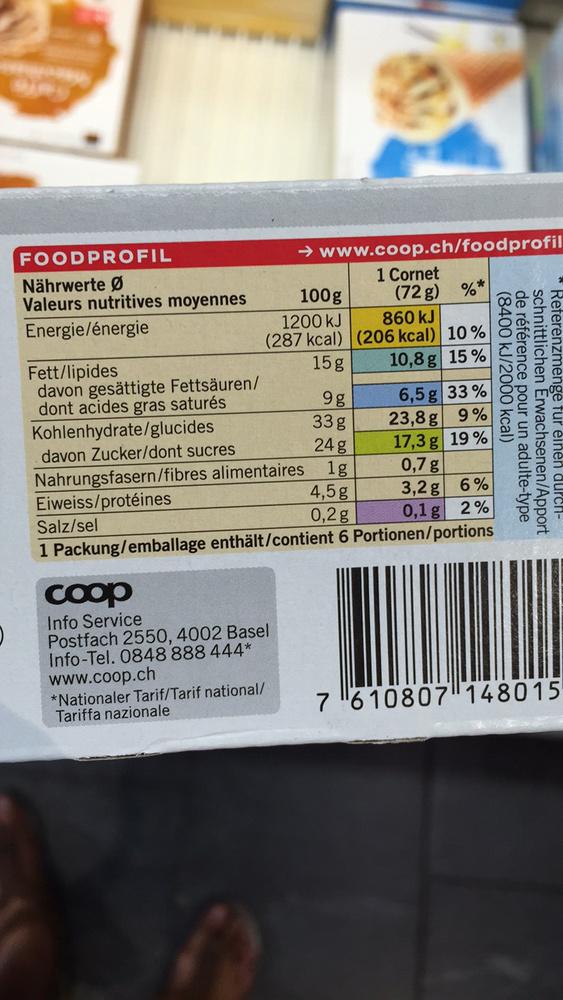
FOODPROFIL
Nährwerte Ø
Valeurs nutritives moyennes
Energie/énergie
Fett/lipides
davon gesättigte Fettsäuren/ dont acides gras saturés Kohlenhydrate/glucides davon Zucker/dont sucres Nahrungsfasern/fibres alimentaires
Eiweiss/protéines
→www.coop.ch/foodprofil
1 Cornet (72 g) %*
100g
1200 kJ
(287 kcal)
15g
coop Info Service
Postfach 2550, 4002 Basel
Info-Tel. 0848 888 444* www.coop.ch
*Nationaler Tarif/Tarif national/ Tariffa nazionale
9g
33 g
24 g
1g
4,5g
0,2g
860 kJ (206 kcal) 10%
10,8 g 15%
6,5 g 33% 23,8g 9% 17,3 g 19% 0,7 g
3,2 g 6%
Salz/sel
0,1 g 2%
1 Packung/emballage enthält/contient 6 Portionen/portions
(8400 kJ/2000 kcal)
de référence pour un adulte-type
schnittlichen * Referenzmenge fur einen durch
ngewachsenen/Apport
7 610807 148015